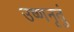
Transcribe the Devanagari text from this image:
उष्णनृतुं